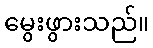
မွေးဖွားသည်။